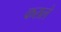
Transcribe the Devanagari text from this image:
कराले